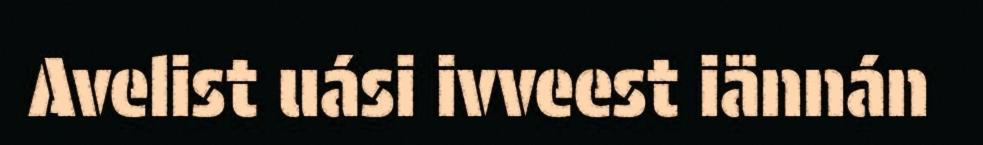
Avelist uási ivveest iännán